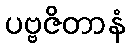
ပဗ္ဗဇိတာနံ